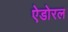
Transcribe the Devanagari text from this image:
ऐडोरल